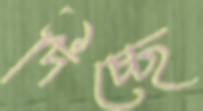
দিচ্ছে